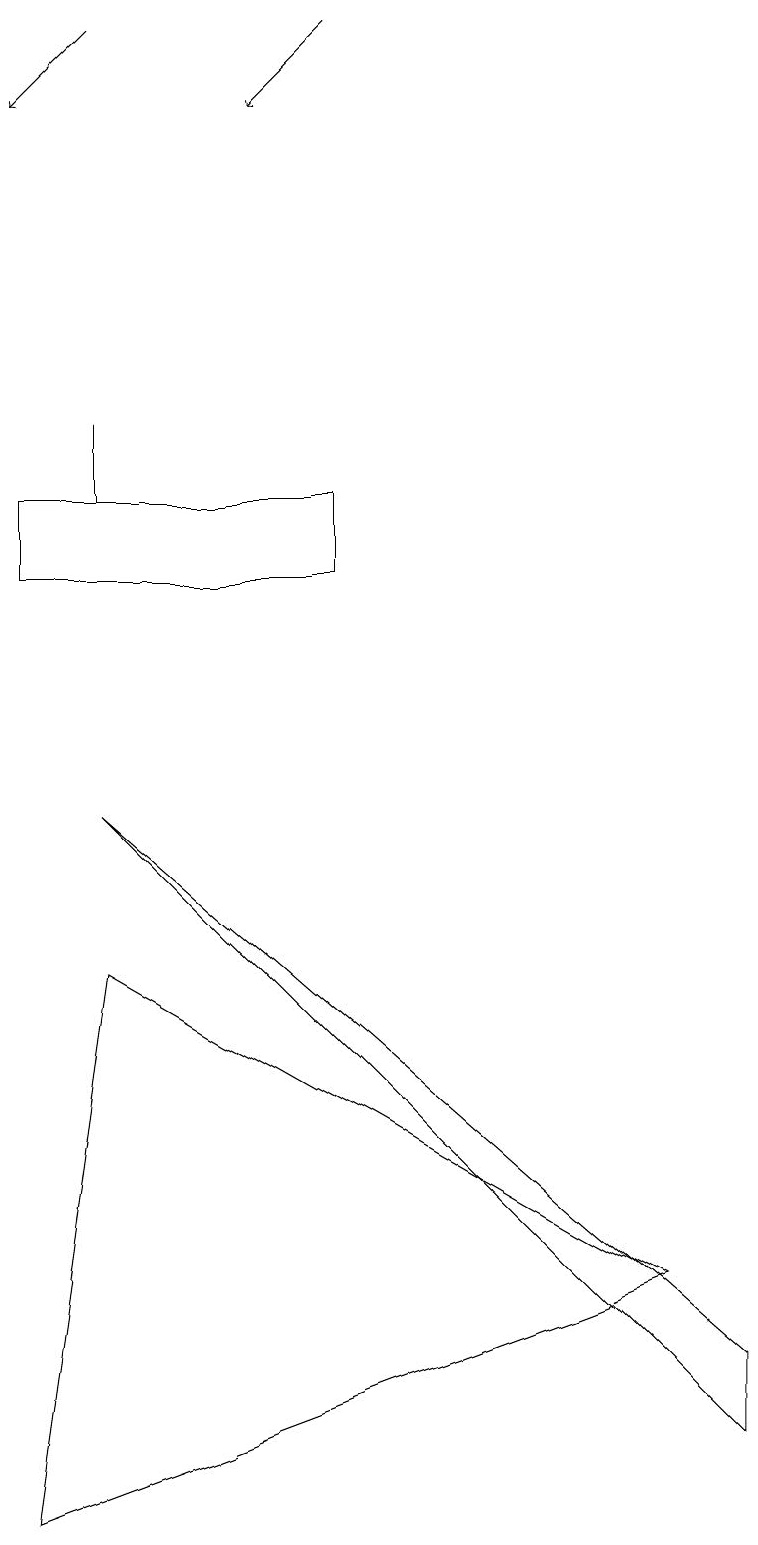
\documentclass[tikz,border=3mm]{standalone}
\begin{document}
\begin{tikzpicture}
\draw (1,14) rectangle (1,13);
\draw[->] (1,19) -- (0,18);
\draw (0,0) -- (1,7) -- (8,3) -- cycle;
\draw[->] (4,19) -- (3,18);
\draw (0,12) rectangle (4,13);
\draw (9,2) -- (1,9) -- (9,1) -- cycle;
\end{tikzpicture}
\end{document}